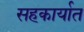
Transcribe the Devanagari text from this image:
सहकार्यात